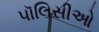
પૉલિસીઓ